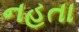
નહતા